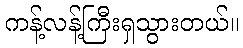
ကန့်လန့်ကြီးရှသွားတယ်။